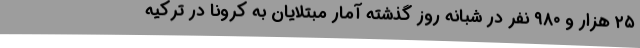
۲۵ هزار و ۹۸۰ نفر در شبانه روز گذشته آمار مبتلایان به کرونا در ترکیه